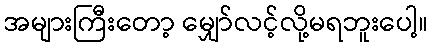
အများကြီးတော့ မျှော်လင့်လို့မရဘူးပေါ့။